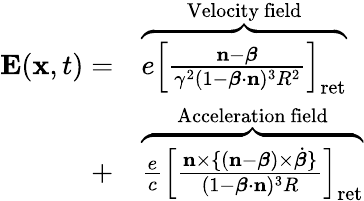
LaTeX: \begin{array}{rl}{\mathbf{E}(\mathbf{x},t)=}&{\overbrace{e\left[\frac{\mathbf{n}-\boldsymbol{\beta}}{\gamma^{2}(1-\boldsymbol{\beta}\cdot\mathbf{n})^{3}R^{2}}\right]_{\mathrm{ret}}}^{\mathrm{Velocity~field}}}\\ {+}&{\overbrace{\frac{e}{c}\left[\frac{\mathbf{n}\times\{ (\mathbf{n}-\boldsymbol{\beta})\times\dot{\boldsymbol{\beta}}\} }{(1-\boldsymbol{\beta}\cdot\mathbf{n})^{3}R}\right]_{\mathrm{ret}}}^{\mathrm{Acceleration~field}}}\end{array}